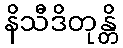
နိသီဒိတုန္တိ